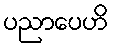
ပညာပေဟိ